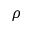
\rho